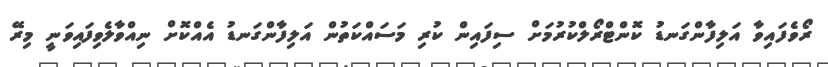
ރޯވެފައިވާ އަލިފާންގަނޑު ކޮންޓްރޯލްކުރުމަށް ސިފައިން ކުރި މަސައްކަތުން އަލިފާންގަނޑު އެއްކޮށް ނިއްވާލެވިފައިވަނީ މިރޭ